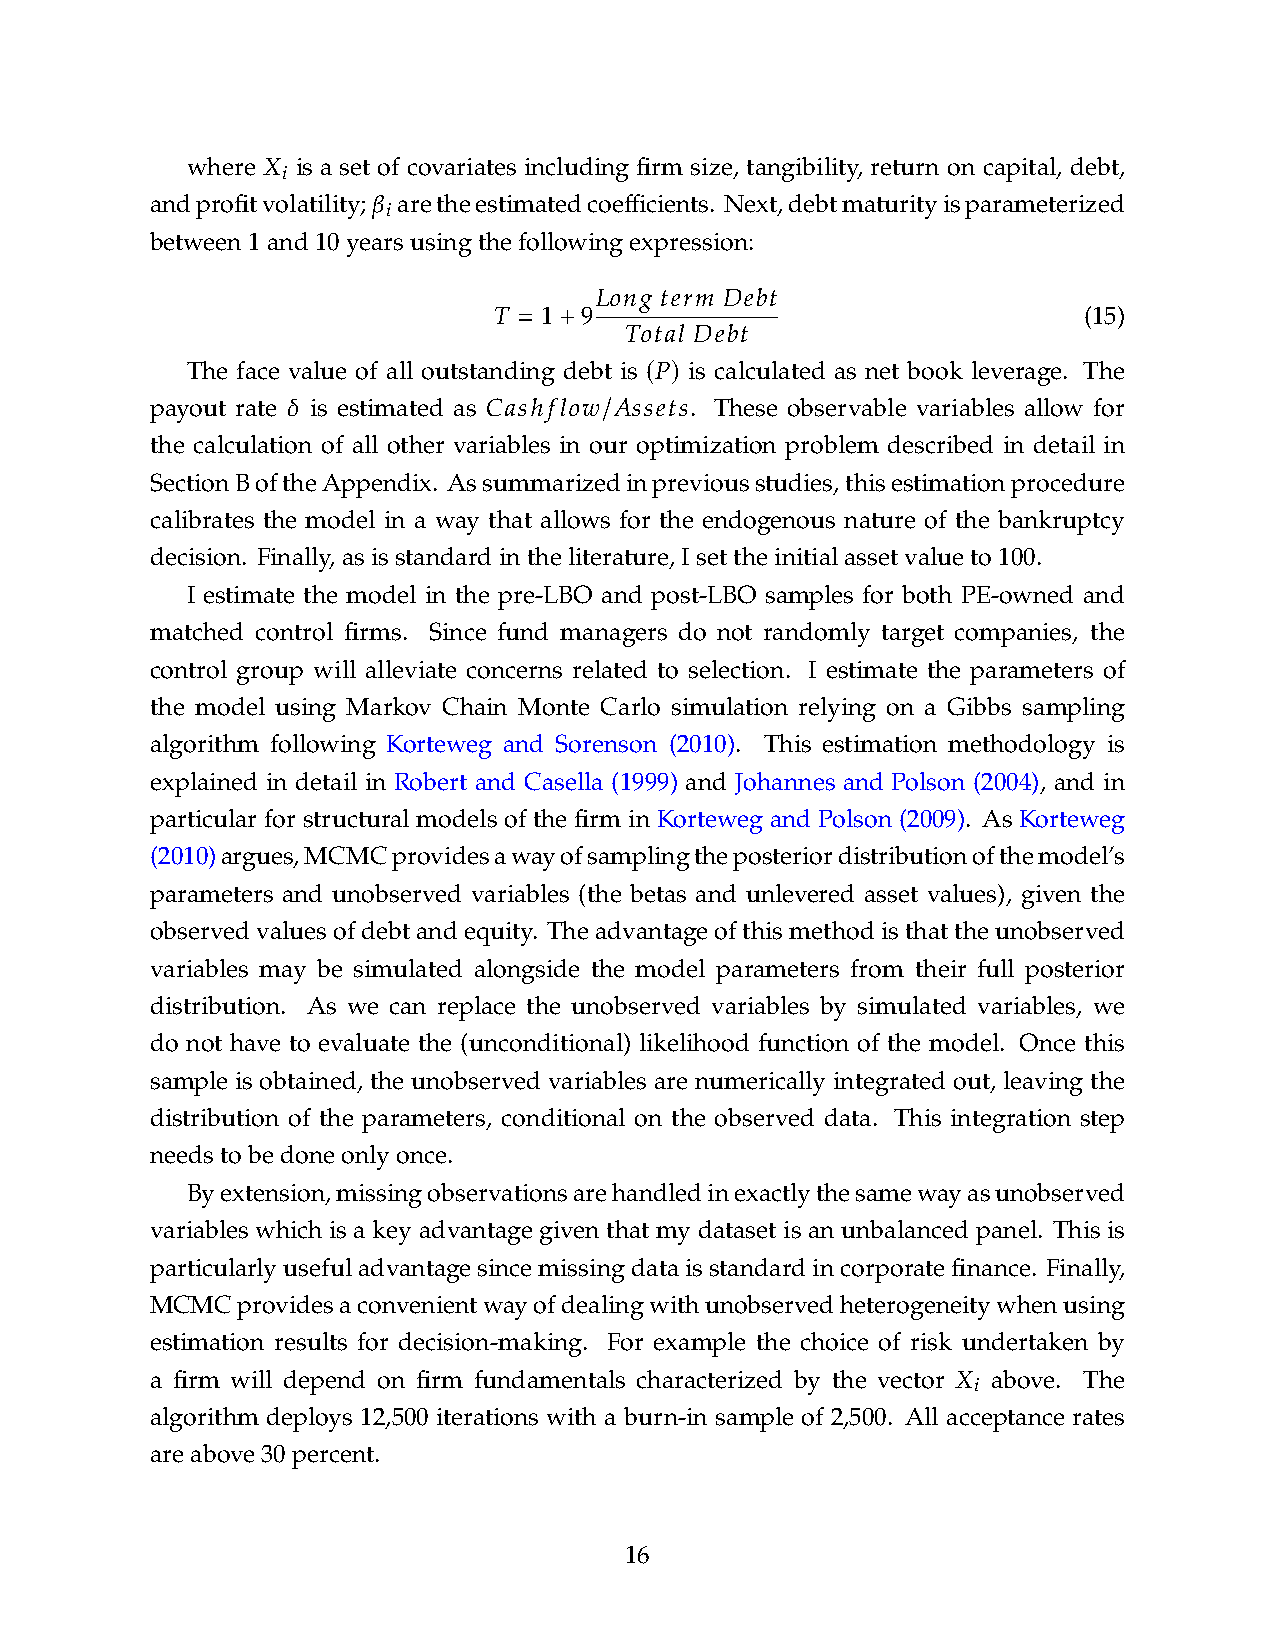
𝑋
 where  𝑖 is a set of covariates including firm size, tangibility, return on capital, debt,
 𝛽
 andprofitvolatility; 𝑖 aretheestimatedcoefficients. Next,debtmaturityisparameterized
 between1and10yearsusingthefollowingexpression:
 𝐿𝑜𝑛𝑔 𝑡𝑒𝑟𝑚 𝐷𝑒𝑏𝑡
 𝑇 = 1+ 9                               (15)
 𝑇𝑜𝑡𝑎𝑙 𝐷𝑒𝑏𝑡
 (𝑃)
 The face value of all outstanding debt is is calculated as net book leverage. The
 𝛿            𝐶𝑎𝑠ℎ𝑓𝑙𝑜𝑤/𝐴𝑠𝑠𝑒𝑡𝑠
 payout rate is estimated as         . These observable variables allow for
 the calculation of all other variables in our optimization problem described in detail in
 SectionBoftheAppendix. Assummarizedinpreviousstudies,thisestimationprocedure
 calibrates the model in a way that allows for the endogenous nature of the bankruptcy
 decision. Finally,asisstandardintheliterature,Isettheinitialassetvalueto100.
 I estimate the model in the pre-LBO and post-LBO samples for both PE-owned and
 matched control firms. Since fund managers do not randomly target companies, the
 control group will alleviate concerns related to selection. I estimate the parameters of
 the model using Markov Chain Monte Carlo simulation relying on a Gibbs sampling
 algorithm following Korteweg and Sorenson (2010). This estimation methodology is
 explained in detail in Robert and Casella (1999) and Johannes and Polson (2004), and in
 particular for structural models of the firm in Korteweg and Polson (2009). As Korteweg
 (2010)argues,MCMCprovidesawayofsamplingtheposteriordistributionofthemodel’s
 parameters and unobserved variables (the betas and unlevered asset values), given the
 observedvaluesofdebtandequity. Theadvantageofthismethodisthattheunobserved
 variables may be simulated alongside the model parameters from their full posterior
 distribution. As we can replace the unobserved variables by simulated variables, we
 do not have to evaluate the (unconditional) likelihood function of the model. Once this
 sample is obtained, the unobserved variables are numerically integrated out, leaving the
 distribution of the parameters, conditional on the observed data. This integration step
 needstobedoneonlyonce.
 Byextension,missingobservationsarehandledinexactlythesamewayasunobserved
 variables which is a key advantage given that my dataset is an unbalanced panel. This is
 particularlyusefuladvantagesincemissingdataisstandardincorporatefinance. Finally,
 MCMCprovidesaconvenientwayofdealingwithunobservedheterogeneitywhenusing
 estimation results for decision-making. For example the choice of risk undertaken by
 𝑋
 a firm will depend on firm fundamentals characterized by the vector 𝑖 above. The
 algorithm deploys 12,500 iterations with a burn-in sample of 2,500. All acceptance rates
 areabove30percent.
 16